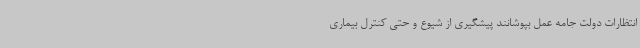
انتظارات دولت جامه عمل بپوشانند پیشگیری از شیوع و حتی کنترل بیماری